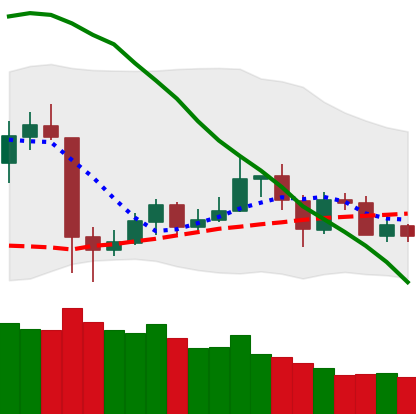
Ticker: LTC-USD
Chart end date: 2020-05-26
Forward return: 7.447%
Label: up_7plus